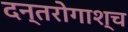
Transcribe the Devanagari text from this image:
दन्तरोगाश्च